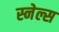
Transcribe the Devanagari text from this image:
स्नेल्स